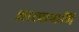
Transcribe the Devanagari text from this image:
क्षारपापाणि